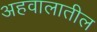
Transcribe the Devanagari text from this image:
अहवालातील